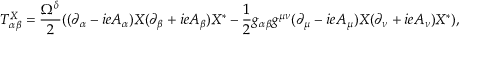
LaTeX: T _ { \alpha \beta } ^ { X } = \frac { \Omega ^ { \delta } } { 2 } ( ( \partial _ { \alpha } - i e A _ { \alpha } ) X ( \partial _ { \beta } + i e A _ { \beta } ) X ^ { * } - \frac { 1 } { 2 } g _ { \alpha \beta } g ^ { \mu \nu } ( \partial _ { \mu } - i e A _ { \mu } ) X ( \partial _ { \nu } + i e A _ { \nu } ) X ^ { * } ) ,